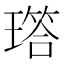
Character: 𬎐